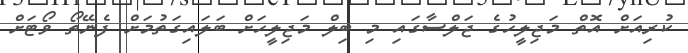
ކުރިއަށް އޮތް މަޖިލީހުގެ ޖަލްސާގައި މި ބިލް މަޖިލީހަށް ބަލައިގަތުމަށް ފެނޭތޯ ވޯޓަށް